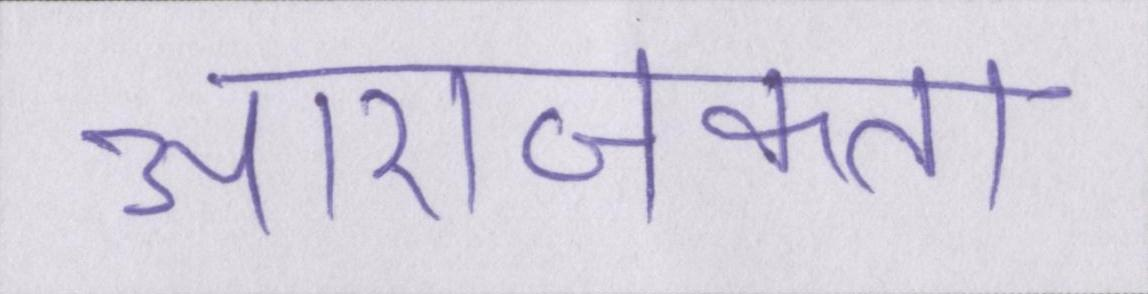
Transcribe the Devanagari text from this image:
आराजकता